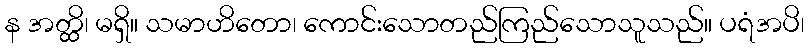
န အတ္ထိ၊ မရှိ။ သမာဟိတော၊ ကောင်းသောတည်ကြည်သောသူသည်။ ပရံအပိ၊